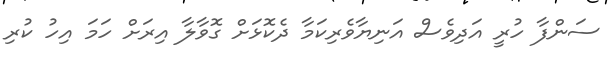
ސަންފާ ހުރީ އަދިވެސް އަނިޔާވެރިކަމާ ދެކޮޅަށް ގޮވާލާ އިރަށް ހަމަ އިހު ކުރި